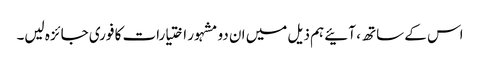
اس کے ساتھ ، آئیے ہم ذیل میں ان دو مشہور اختیارات کا فوری جائزہ لیں۔